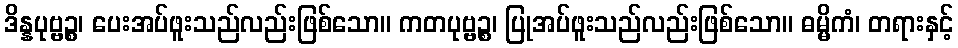
ဒိန္နပုဗ္ဗဉ္စ၊ ပေးအပ်ဖူးသည်လည်းဖြစ်သော။ ကတပုဗ္ဗဉ္စ၊ ပြုအပ်ဖူးသည်လည်းဖြစ်သော။ ဓမ္မိကံ၊ တရားနှင့်